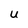
Character: U